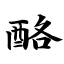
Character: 酪